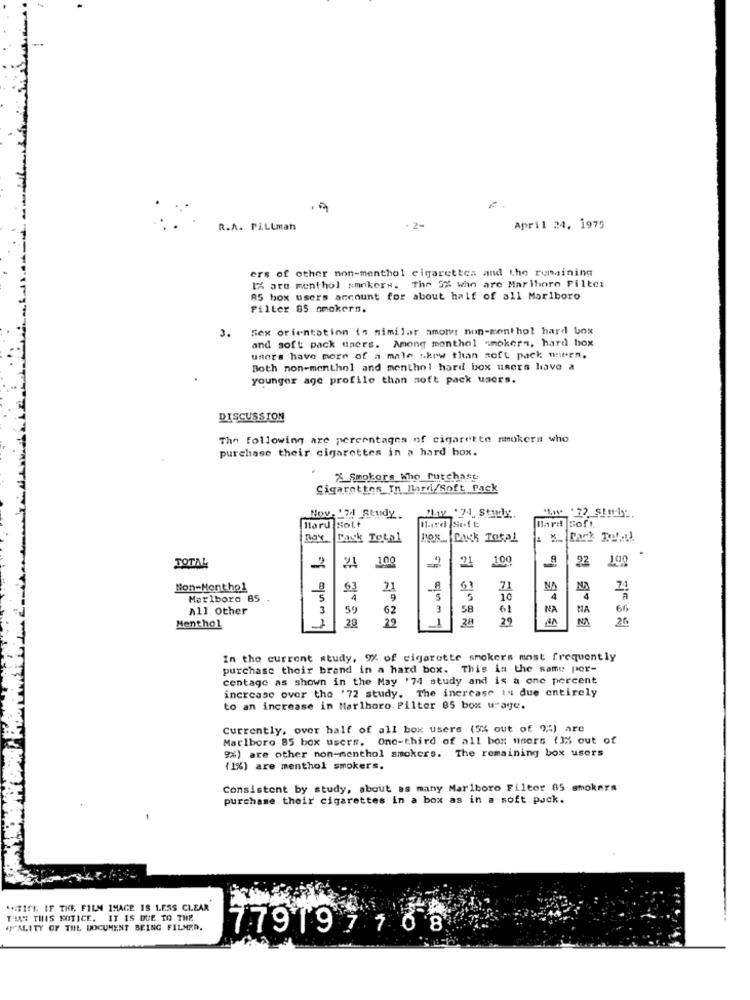
R.A. Pittman
April 24, 1975
ers of other non-menthol cigarettes and the remaining
1% are menthol smokers. The 5% who are Marlboro Pilte:
85 box users account for about half of all Marlboro
Filter 85 smokers.
3.
Sex orientation in similar among non-menthol hard box
and soft pack users. Among monthol smokers, hard hox
users have more of a male thew than soft pack nesten.
Both non-menthol and menthol hard box users have a
younger age profile than soft pack users.
DISCUSSION
The following are percentages of cigarette smokera who
purchase their cigarettes in a hard box.
25 Smokors Who Purchasy
Cigarettes In llard/Soft Pack
Nov. 17d _Study.
#oft.
Hard. Soft
Bird Soft
nov
Back Total
Box_ Back Total
Dark To'a!
100
21
100
.92
100
TOTAL
-2
Non-Menthol
21
8
NA
Marlboro 85 .
5
4
9
5
5
4
4
All Other
3
59
62
3
58
61
NA
MA
66
Menthol
1
28
29
1
28
29
26
In the current study, 9% of cigarette smokers most frequently
purchase their brand in a hard box. This in the same por-
centage as shown in the May '74 study and is a one percent
increase over the '72 study. The increase is due entirely
to an increase in Marlboro. Pilter 85 box urage.
Currently, over half of all box users (5% out of 9 ;- ) are
Marlboro 85 box users. One-third of all box users (3% out of
9%) are other non-menthol smokers. The remaining box users
(1%) are menthol smokers.
Consistent by study, about as many Marlboro Filtor 85 smokers
purchase their cigarettes in a box as in a soft pack.
** TICK IF THE FILM IMAGE IS LESS CLEAR
THAS THIS NOTICE. IT IS DUE TO THE
QUALITY OF THE DOCUMENT BEING FILMED.
77919 7 188